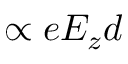
\propto e E _ { z } d